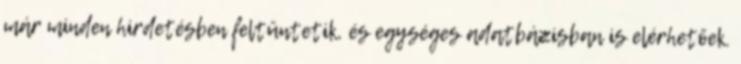
már minden hirdetésben feltüntetik, és egységes adatbázisban is elérhetőek.